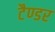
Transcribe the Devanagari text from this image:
टैण्डर